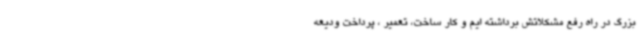
بزرگ در راه رفع مشکلاتش برداشته ایم و کار ساخت، تعمیر ، پرداخت ودیعه